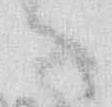
へ